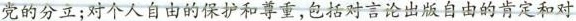
党的分立；对个人自由的保护和尊重，包括对言论出版自由的肯定和对